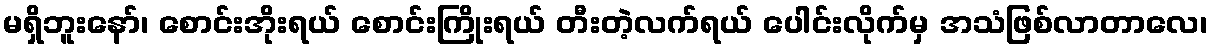
မရှိဘူးနော်၊ စောင်းအိုးရယ် စောင်းကြိုးရယ် တီးတဲ့လက်ရယ် ပေါင်းလိုက်မှ အသံဖြစ်လာတာလေ၊